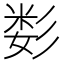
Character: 𰐫